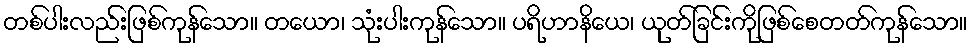
တစ်ပါးလည်းဖြစ်ကုန်သော။ တယော၊ သုံးပါးကုန်သော။ ပရိဟာနိယေ၊ ယုတ်ခြင်းကိုဖြစ်စေတတ်ကုန်သော။